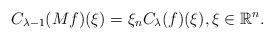
LaTeX: \begin{gather*}C_{\lambda-1}(Mf)(\xi) = \xi_n C_\lambda(f)(\xi), \xi\in \mathbb R^n.\end{gather*}